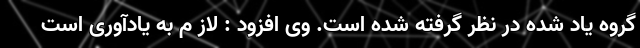
گروه یاد شده در نظر گرفته شده است. وی افزود : لاز م به یادآوری است